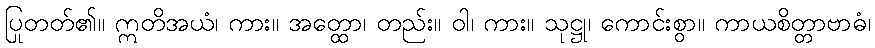
ပြုတတ်၏။ ဣတိအယံ၊ ကား။ အတ္ထော၊ တည်း။ ဝါ၊ ကား။ သုဋ္ဌု၊ ကောင်းစွာ။ ကာယစိတ္တာဗာဓံ၊